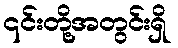
၎င်းတို့အတွင်းရှိ